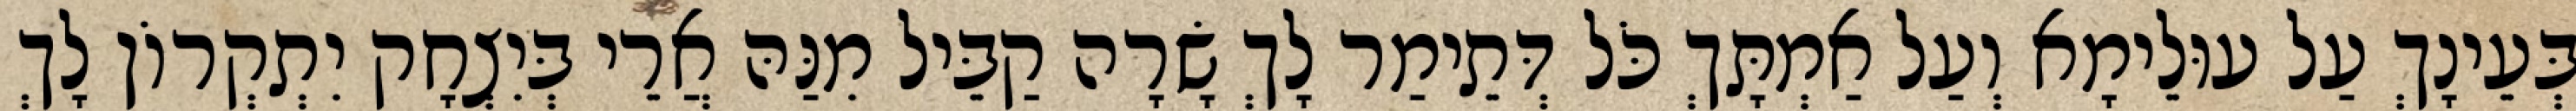
בְּעֵינָךְ עַל עוּלֵימָא וְעַל אַמְתָּךְ כֹּל דְּתֵימַר לָךְ שָׂרָה קַבֵּיל מִנַּהּ אֲרֵי בְּיִצְחָק יִתְקְרוֹן לָךְ